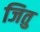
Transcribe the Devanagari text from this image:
जितु